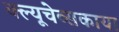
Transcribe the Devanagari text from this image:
क्ल्यूचेव्सकाया